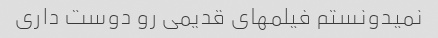
نمیدونستم فیلمهای قدیمی رو دوست داری